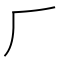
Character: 𠂆